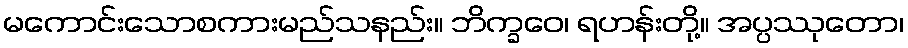
မကောင်းသောစကားမည်သနည်း။ ဘိက္ခဝေ၊ ရဟန်းတို့။ အပ္ပဿုတော၊